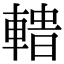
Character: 𨍟